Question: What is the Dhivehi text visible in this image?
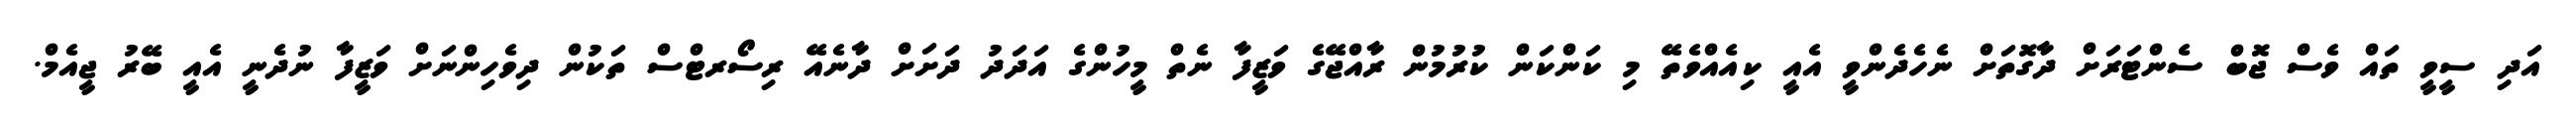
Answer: އަދި ސީވީ ތައް ވެސް ޖޮބް ސެންޓަރަށް ދާގޮތަށް ނެހެދެންވީ އެއީ ކިއެއްވެތޭ މި ކަންކަން ކުރުމުން ރާއްޖޭގެ ވަޒީފާ ނެތް މީހުންގެ އަދަދު ދަށަށް ދާނެއޭ ރިސޯރޓްސް ތަކުން ދިވެހިންނަށް ވަޒީފާ ނުދެނީ އެއީ ބޭރު ޖީއެމް.